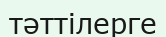
тәттілерге